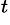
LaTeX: ^t